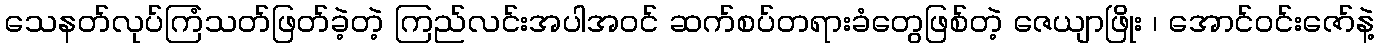
သေနတ်လုပ်ကြံသတ်ဖြတ်ခဲ့တဲ့ ကြည်လင်းအပါအဝင် ဆက်စပ်တရားခံတွေဖြစ်တဲ့ ဇေယျာဖြိုး ၊ အောင်ဝင်းဇော်နဲ့